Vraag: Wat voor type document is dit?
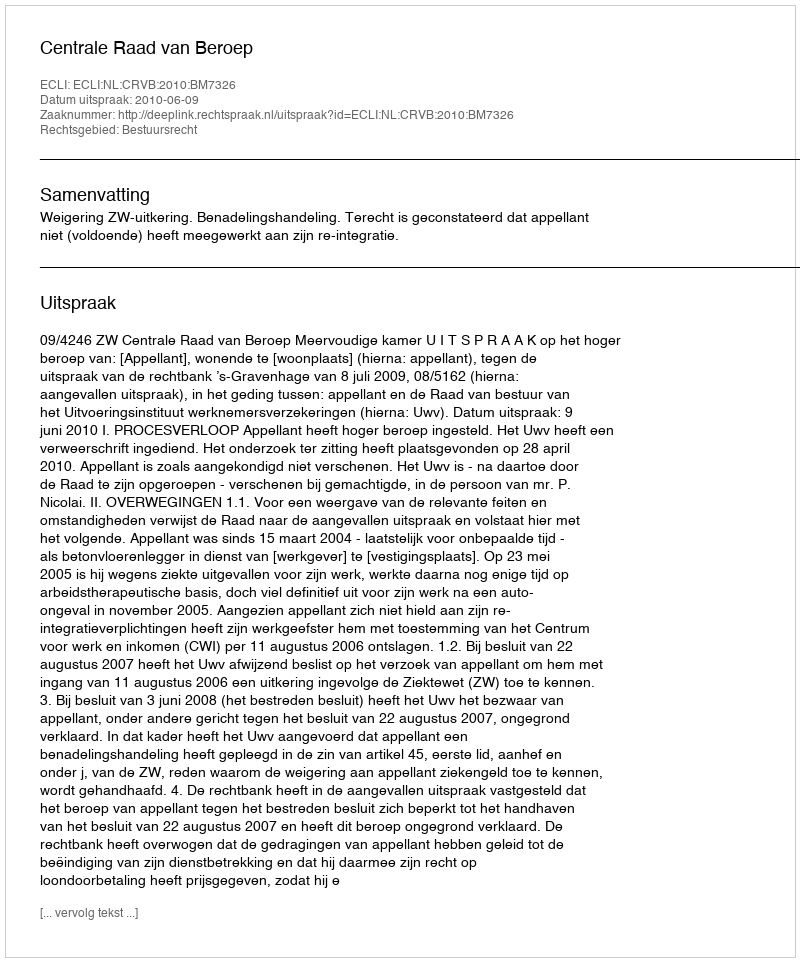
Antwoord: Uitspraak